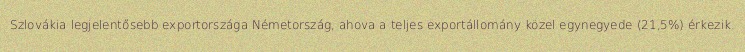
Szlovákia legjelentősebb exportországa Németország, ahova a teljes exportállomány közel egynegyede (21,5%) érkezik.